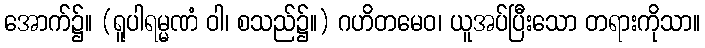
အောက်၌။ (ရူပါရမ္မဏံ ဝါ၊ စသည်၌။) ဂဟိတမေဝ၊ ယူအပ်ပြီးသော တရားကိုသာ။